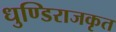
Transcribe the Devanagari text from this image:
धुण्डिराजकृत